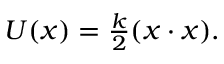
\begin{array} { r } { U ( x ) = \frac { k } { 2 } ( x \cdot x ) . } \end{array}